Report on the working of the mental hospitals for Indians in Bihar and Orissa - 1925-1929
Year: 1925
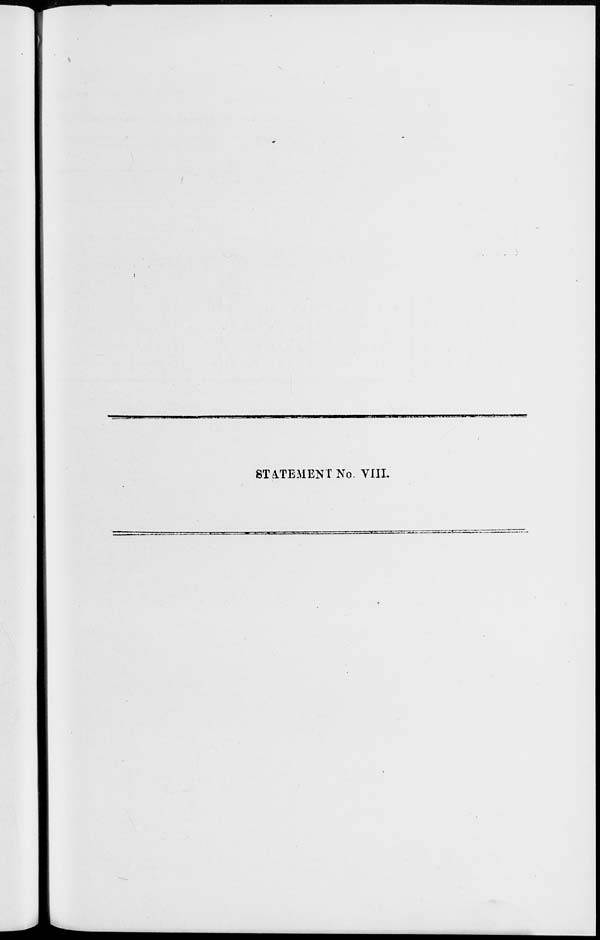
STATEMENT No. VIII.